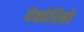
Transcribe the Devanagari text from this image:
पेकोरिनो